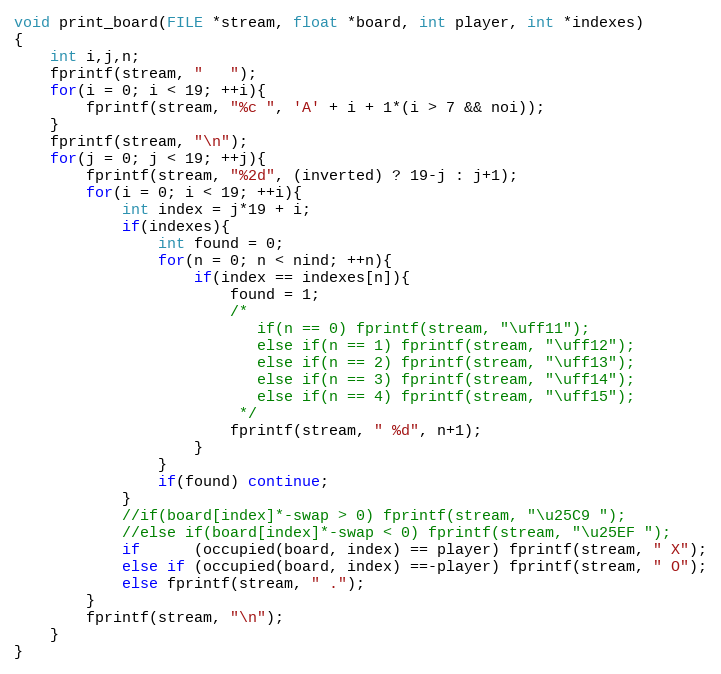
Language: C
void print_board(FILE *stream, float *board, int player, int *indexes)
{
    int i,j,n;
    fprintf(stream, "   ");
    for(i = 0; i < 19; ++i){
        fprintf(stream, "%c ", 'A' + i + 1*(i > 7 && noi));
    }
    fprintf(stream, "\n");
    for(j = 0; j < 19; ++j){
        fprintf(stream, "%2d", (inverted) ? 19-j : j+1);
        for(i = 0; i < 19; ++i){
            int index = j*19 + i;
            if(indexes){
                int found = 0;
                for(n = 0; n < nind; ++n){
                    if(index == indexes[n]){
                        found = 1;
                        /*
                           if(n == 0) fprintf(stream, "\uff11");
                           else if(n == 1) fprintf(stream, "\uff12");
                           else if(n == 2) fprintf(stream, "\uff13");
                           else if(n == 3) fprintf(stream, "\uff14");
                           else if(n == 4) fprintf(stream, "\uff15");
                         */
                        fprintf(stream, " %d", n+1);
                    }
                }
                if(found) continue;
            }
            //if(board[index]*-swap > 0) fprintf(stream, "\u25C9 ");
            //else if(board[index]*-swap < 0) fprintf(stream, "\u25EF ");
            if      (occupied(board, index) == player) fprintf(stream, " X");
            else if (occupied(board, index) ==-player) fprintf(stream, " O");
            else fprintf(stream, " .");
        }
        fprintf(stream, "\n");
    }
}